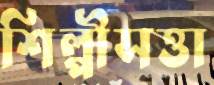
শিল্পীসত্তা